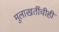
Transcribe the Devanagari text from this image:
मुलाखतींचीही